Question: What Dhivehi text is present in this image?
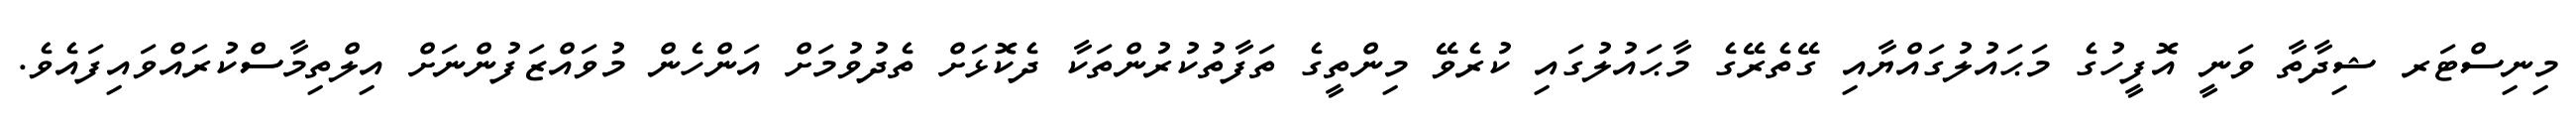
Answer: މިނިސްޓަރ ޝިދާތާ ވަނީ އޮފީހުގެ މަޙައުލުގައްޔާއި ގޭތެރޭގެ މާޙައުލުގައި ކުރެވޭ މިންތީގެ ތަފާތުކުރުންތަކާ ދެކޮޅަށް ތެދުވުމަށް އަންހެން މުވައްޒަފުންނަށް އިލްތިމާސްކުރައްވައިފައެވެ.